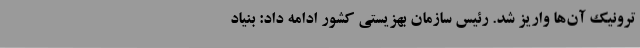
ترونیک آن‌ها واریز شد. رئیس سازمان بهزیستی کشور ادامه داد: بنیاد